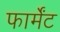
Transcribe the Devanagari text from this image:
फार्मेंट